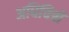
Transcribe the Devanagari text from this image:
अधिचित्रों